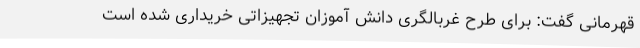
قهرمانی گفت: برای طرح غربالگری دانش آموزان تجهیزاتی خریداری شده است